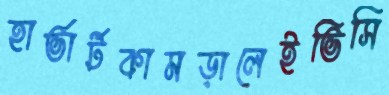
হার্ভার্টকামড়ালেইভিসি